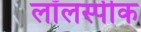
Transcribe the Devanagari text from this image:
लॉलस्पीक